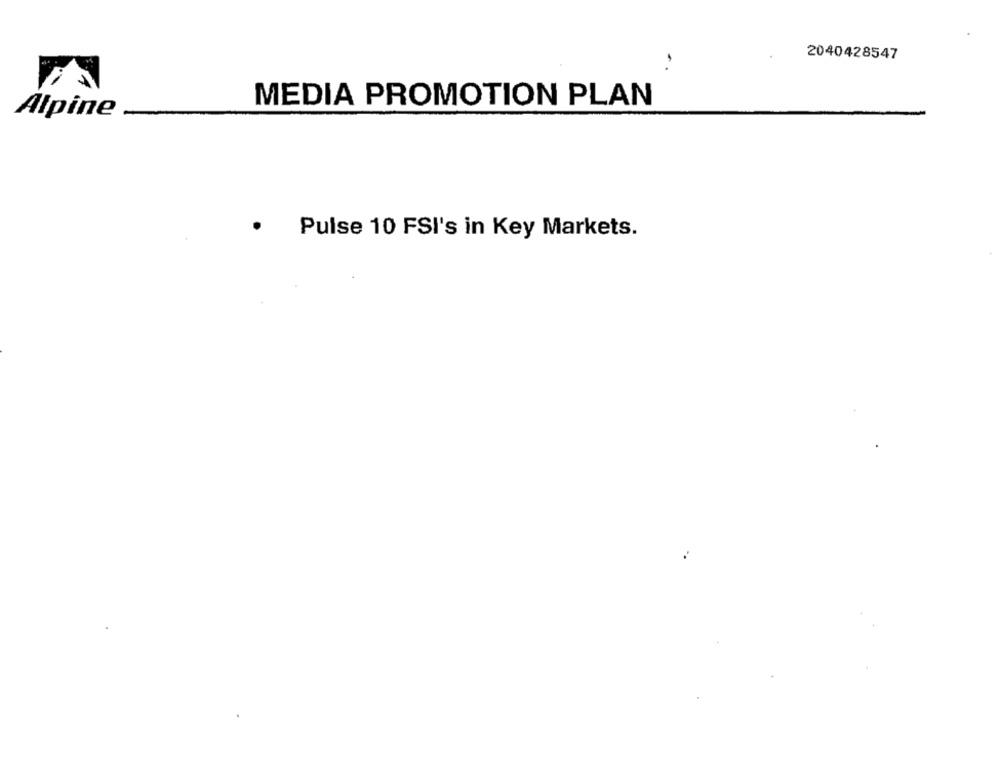
2040428547
MEDIA PROMOTION PLAN
Alpine
Pulse 10 FSI's in Key Markets.